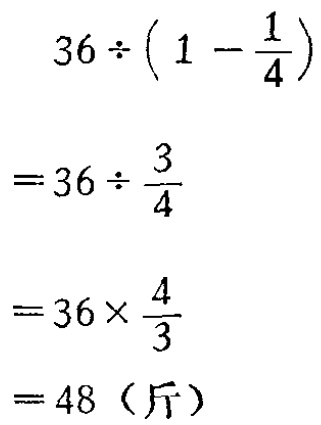
\[

\begin{align*}

&36\div(1 - \frac{1}{4})\\

=&36\div\frac{3}{4}\\

=&36\times\frac{4}{3}\\

=&48（\text{斤}）

\end{align*}

\]